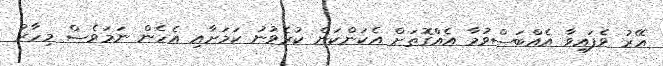
އޭރު ވެފައިވާ އެއްބަސްވުމާ އެއްގޮތަށް އެކަންކަން ކުރެވުނު ކަމަށާއި އެހެން ނަމަވެސް މިހާރު